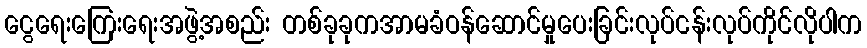
ငွေရေးကြေးရေးအဖွဲ့အစည်း တစ်ခုခုကအာမခံဝန်ဆောင်မှုပေးခြင်းလုပ်ငန်းလုပ်ကိုင်လိုပါက